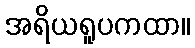
အရိယရူပကထာ။